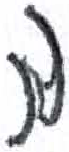
אות: ה